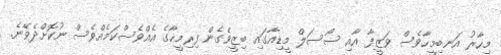
މިހާރު އަނބިމީހާވެސް ވަޒީފާ އާއި ސޯސަލް މީޑިއާގައި ބިޒީވެގެން ފިރިމީހާގެ އެއްވެސްކަމެއްވެސް ނުކޮށްދެވޭނެ.